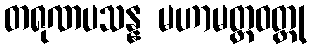
တရုဏပသန္န မဟာမတ္တဝတ္ထု